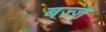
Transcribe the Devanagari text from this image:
बज़्ज़